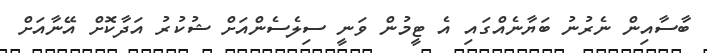
ބާސާއިން ނެރުނު ބަޔާނެއްގައި އެ ޓީމުން ވަނީ ސިލެސެންއަށް ޝުކުރު އަދާކޮށް އޭނާއަށް